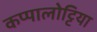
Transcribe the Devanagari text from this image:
कप्पालोट्टिया